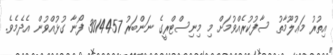
އިތުރު މަޢުލޫމާތު ސާފުކުރެއްވުމަށް މި މިނިސްޓްރީގެ ނަންބަރު 3014457 ފޯނާ ގުޅުއްވުން އެދެމެވެ.